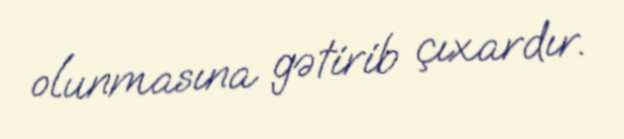
olunmasına gətirib çıxardır.